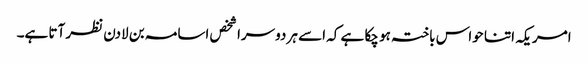
امریکہ اتنا حواس باختہ ہو چکا ہے کہ اسے ہر دوسرا شخص اسامہ بن لادن نظر آتا ہے۔